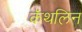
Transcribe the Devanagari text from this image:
कॅथलिन